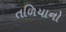
તળિયાનો